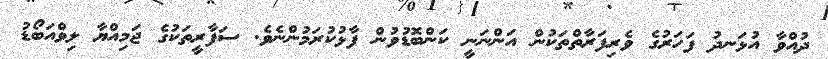
ދުއްވާ އުޅަނދު ފަހަރުގެ ވެރިފަރާތްތަކުން އަންނަނީ ކަންބޮޑުވުން ފާޅުކުރަމުންނެވެ. ސަފާރީތަކުގެ ޖަމިއްޔާ ލިވްއަބޯޑު